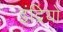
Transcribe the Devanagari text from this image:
इंद्रियो